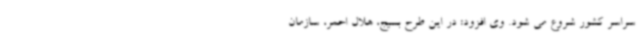
سراسر کشور شروع می شود. وی افزود: در این طرح بسیج، هلال احمر، سازمان